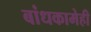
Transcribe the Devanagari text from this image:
बांधकामेही